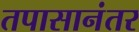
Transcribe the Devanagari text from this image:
तपासानंतर